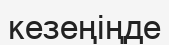
кезеңіңде